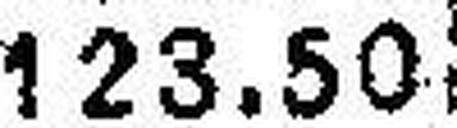
123.50